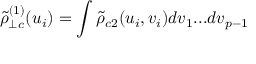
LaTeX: { \tilde { \rho } } _ { \perp c } ^ { ( 1 ) } ( u _ { i } ) = \int { \tilde { \rho } } _ { c 2 } ( u _ { i } , v _ { i } ) d v _ { 1 } . . . d v _ { p - 1 }